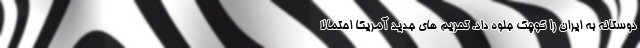
دوستانه به ایران را کوچک جلوه داد. تحریم های جدید آمریکا احتمالا